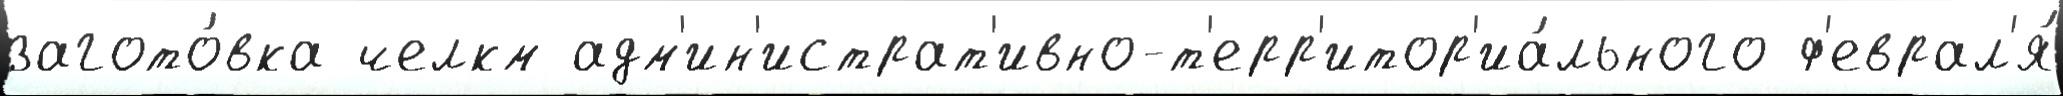
загото́вка челкм адм'ин'истрат'ивно-т'ерр'итор'иа́льного ф'еврал'я́